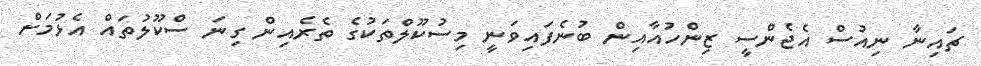
ޗައިނާ ނިއުސް އެޖެންސީ ޒިންހުއާއިން ބުނެފައިވަނީ މިސުކޫލްތަކުގެ ތެރެއިން ގިނަ ސްކޫލުތައް އެޅުމަށް